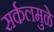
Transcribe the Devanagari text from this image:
सर्कलमुळे